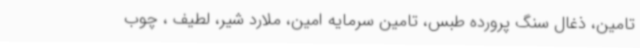
تامین، ذغال سنگ پرورده طبس، تامین سرمایه امین، ملارد شیر، لطیف ، چوب